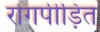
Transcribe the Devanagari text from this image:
रोगपीड़ित